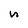
Character: n